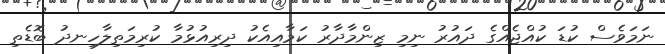
ނަމަވެސް ކުޑަ ކުއްޖެއްގެ ދައުރު ނިމި ޒިންމާދާރު ކަމާއިއެކު ދިރިއުޅުމާ ކުރިމަތިލާހިނދު ބޮޑެތި